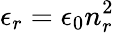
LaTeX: \epsilon_{r}=\epsilon_{0}n_{r}^{2}